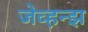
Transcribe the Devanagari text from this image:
जेव्हन्झ